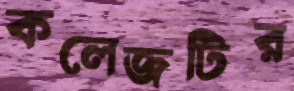
কলেজটির